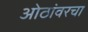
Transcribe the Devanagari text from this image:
ओठांवरचा